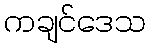
ကချင်ဒေသ